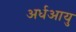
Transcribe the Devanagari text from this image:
अर्धआयु